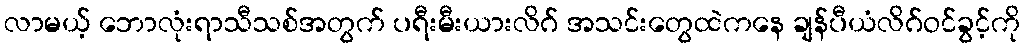
လာမယ့် ဘောလုံးရာသီသစ်အတွက် ပရီးမီးယားလိဂ် အသင်းတွေထဲကနေ ချန်ပီယံလိဂ်ဝင်ခွင့်ကို